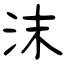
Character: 沫